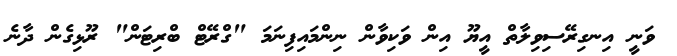
ވަނީ އިނގިރޭސިވިލާތް އީޔޫ އިން ވަކިވާން ނިންމައިފިނަމަ "ގްރޭޓް ބްރިޓަން" ރޫޅިގެން ދާނެ